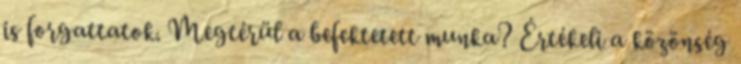
is forgattatok. Megtérül a befektetett munka? Értékeli a közönség